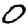
Digit: 0